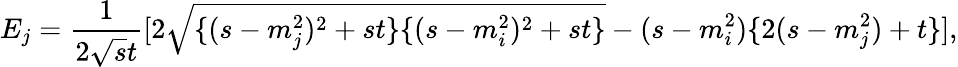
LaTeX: E_{j}=\frac{1}{2\sqrt{s}t}[2\sqrt{\{ (s-m_{j}^{2})^{2}+st\} \{ (s-m_{i}^{2})^{2}+st\} }-(s-m_{i}^{2})\{ 2(s-m_{j}^{2})+t\} ],